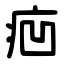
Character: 㾎